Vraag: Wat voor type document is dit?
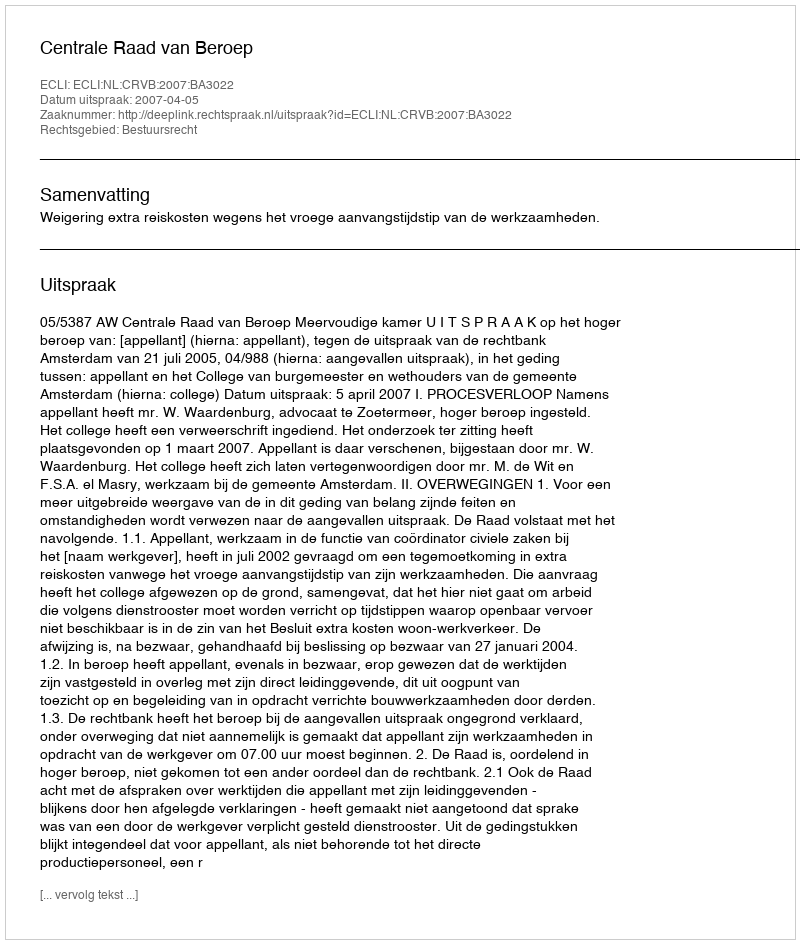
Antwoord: Uitspraak